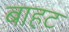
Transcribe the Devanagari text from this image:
बाहट